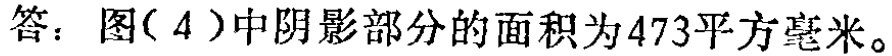
答：图( 4 )中阴影部分的面积为473平方毫米。